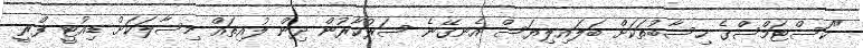
"ކަސްޓަމްސްގެ ހިސާބުތަކަށް ބަލައިލިޔަސް އެނގޭނެ ސަރުކާރުން ދިން ލުއިތައް މިސާލަކަށް ޑިއުޓީ ފްރީ